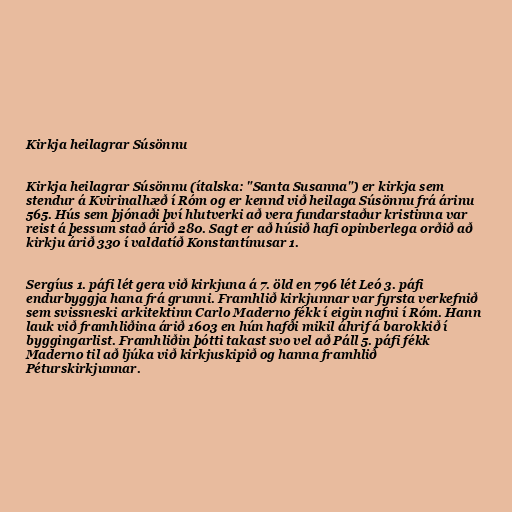
Kirkja heilagrar Súsönnu

Kirkja heilagrar Súsönnu (ítalska: "Santa Susanna") er kirkja sem
stendur á Kvirinalhæð í Róm og er kennd við heilaga Súsönnu frá árinu
565. Hús sem þjónaði því hlutverki að vera fundarstaður kristinna var
reist á þessum stað árið 280. Sagt er að húsið hafi opinberlega orðið að
kirkju árið 330 í valdatíð Konstantínusar 1.

Sergíus 1. páfi lét gera við kirkjuna á 7. öld en 796 lét Leó 3. páfi
endurbyggja hana frá grunni. Framhlið kirkjunnar var fyrsta verkefnið
sem svissneski arkitektinn Carlo Maderno fékk í eigin nafni í Róm. Hann
lauk við framhliðina árið 1603 en hún hafði mikil áhrif á barokkið í
byggingarlist. Framhliðin þótti takast svo vel að Páll 5. páfi fékk
Maderno til að ljúka við kirkjuskipið og hanna framhlið
Péturskirkjunnar.